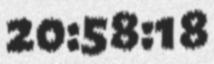
20:58:18